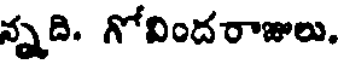
న్నది. గోవిందరాజులు.